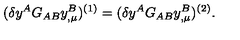
( \delta y ^ { A } G _ { A B } y _ { , \mu } ^ { B } ) ^ { ( 1 ) } = ( \delta y ^ { A } G _ { A B } y _ { , \mu } ^ { B } ) ^ { ( 2 ) } .